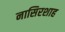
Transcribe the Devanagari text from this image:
नासिरशाह